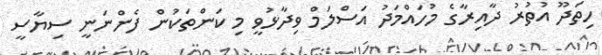
ހިތަދޫ އުތުރު ދާއިރާގެ މުހައްމަދު އަސްލަމް ވިދާޅުވީ މި ކަންތަކުން ފެންނަނީ ސިޔާސީ